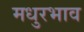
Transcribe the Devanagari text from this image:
मधुरभाव